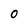
Character: O